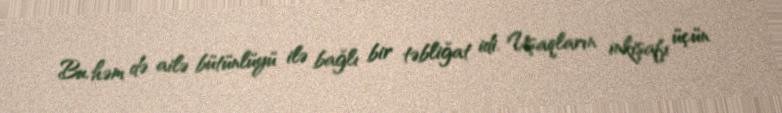
Bu, həm də ailə bütünlüyü ilə bağlı bir təbliğat idi. Uşaqların inkişafı üçün